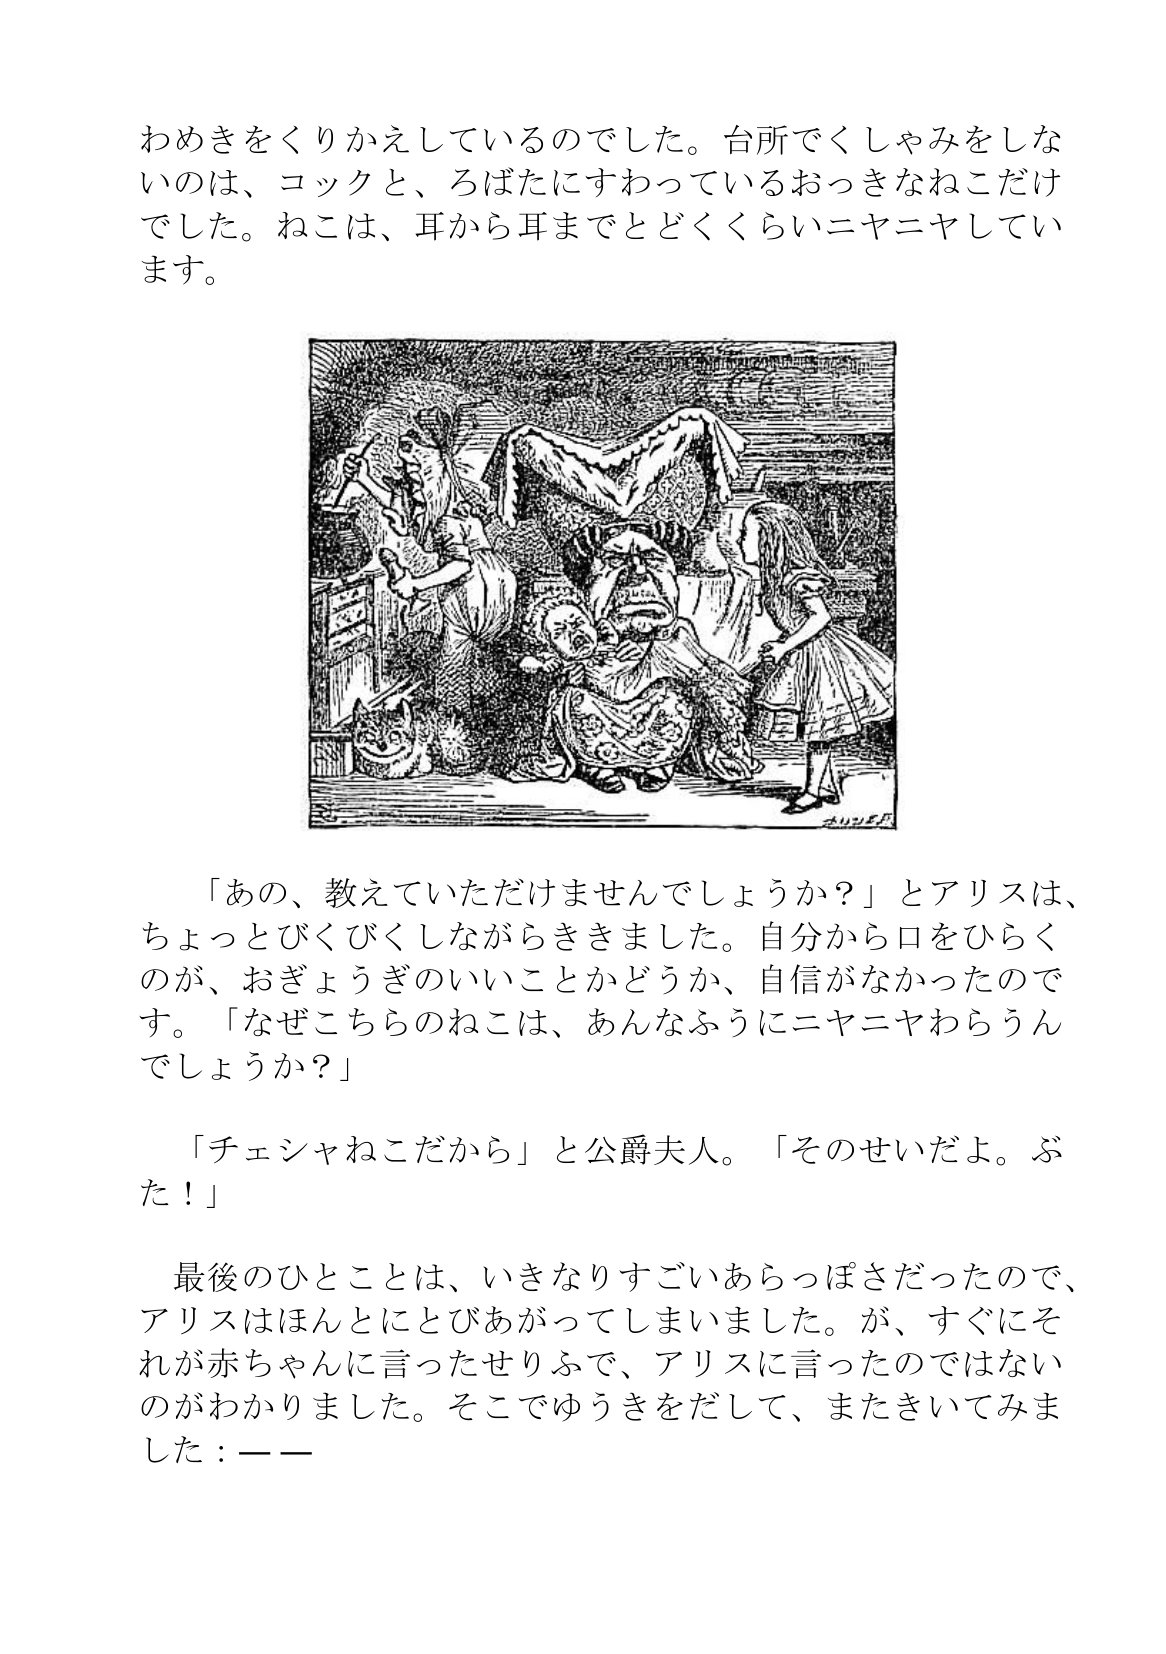
Language: ja